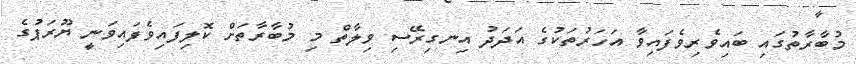
މުބާރާތުގައި ބައިވެރިވެފައިވާ އަހަރުތަކުގެ އަދަދު އިނގިރޭސި ވިލާތް މި މުބާރާތަށް ކޮލިފައިވެފައިވަނީ ޔޫރަޕުގެ